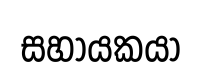
සහායකයා